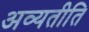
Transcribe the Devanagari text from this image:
अव्यतीति